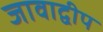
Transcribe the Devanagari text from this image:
जावाद्वीप